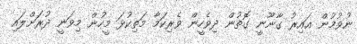
ނުވުމުން ޣައިރު ގާނޫނީ ގޮތުން ދިވެހީން ވެރިކަމާ މަތިކުޅަ މީހުން މިވަނީ ދުރަށްލައި